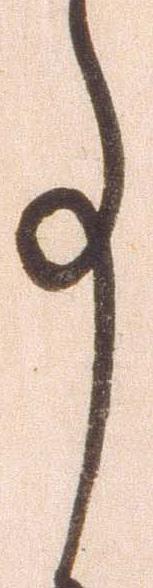
事